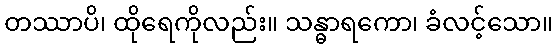
တဿာပိ၊ ထိုရေကိုလည်း။ သန္ဓာရကော၊ ခံလင့်သော။